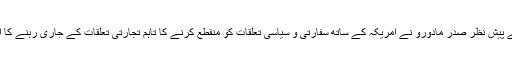
ان حالات کے پیش نظر صدر مادورو نے امریکہ کے ساتھ سفارتی و سیاسی تعلقات کو منقطع کرنے کا تاہم تجارتی تعلقات کے جاری رہنے کا اعلان کیا تھا۔